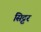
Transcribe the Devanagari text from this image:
सिट्टर